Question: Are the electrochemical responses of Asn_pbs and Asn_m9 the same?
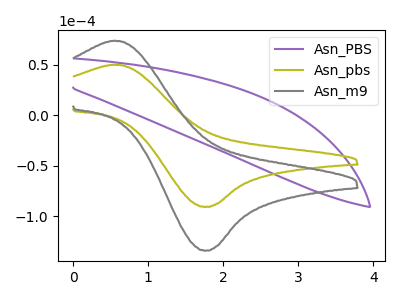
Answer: <think>The purple curve "Asn_PBS" has no peaks. The olive curve "Asn_pbs" has an anodic peak at (0.55V, 49.85uA) and a cathodic peak at (1.75V, -90.90uA). The gray curve "Asn_m9" has an anodic peak at (0.55V, 73.60uA) and a cathodic peak at (1.75V, -134.20uA).
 All the peaks in "Asn_pbs" have a peak in "Asn_m9" at the same potential. Every peak in "Asn_pbs" is lower than every peak in "Asn_m9".</think>
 <answer>"Asn_pbs" and "Asn_m9" are similar in shape.</answer>
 <eval>same_shape</eval>